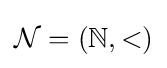
{\mathcal {N}}=(\mathbb {N} ,<)